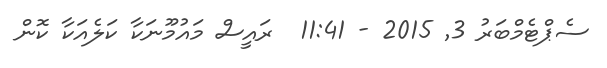
ސެޕްޓެމްބަރު 3